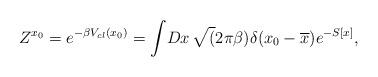
LaTeX: \begin{align*}Z^{x_{0}}=e^{-\beta V_{cl}(x_{0})}= \int \! Dx\,\sqrt(2\pi\beta )\delta(x_{0}-\overline{x}) e^{- S[x]},\end{align*}